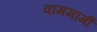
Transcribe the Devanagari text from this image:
वाममार्गी